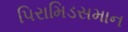
પિરામિડસમાન